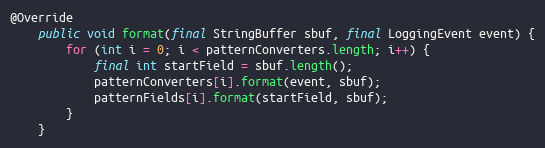
Language: Java
@Override
	public void format(final StringBuffer sbuf, final LoggingEvent event) {
		for (int i = 0; i < patternConverters.length; i++) {
			final int startField = sbuf.length();
			patternConverters[i].format(event, sbuf);
			patternFields[i].format(startField, sbuf);
		}
	}